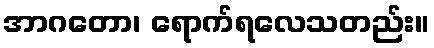
အာဂတော၊ ရောက်ရလေသတည်း။